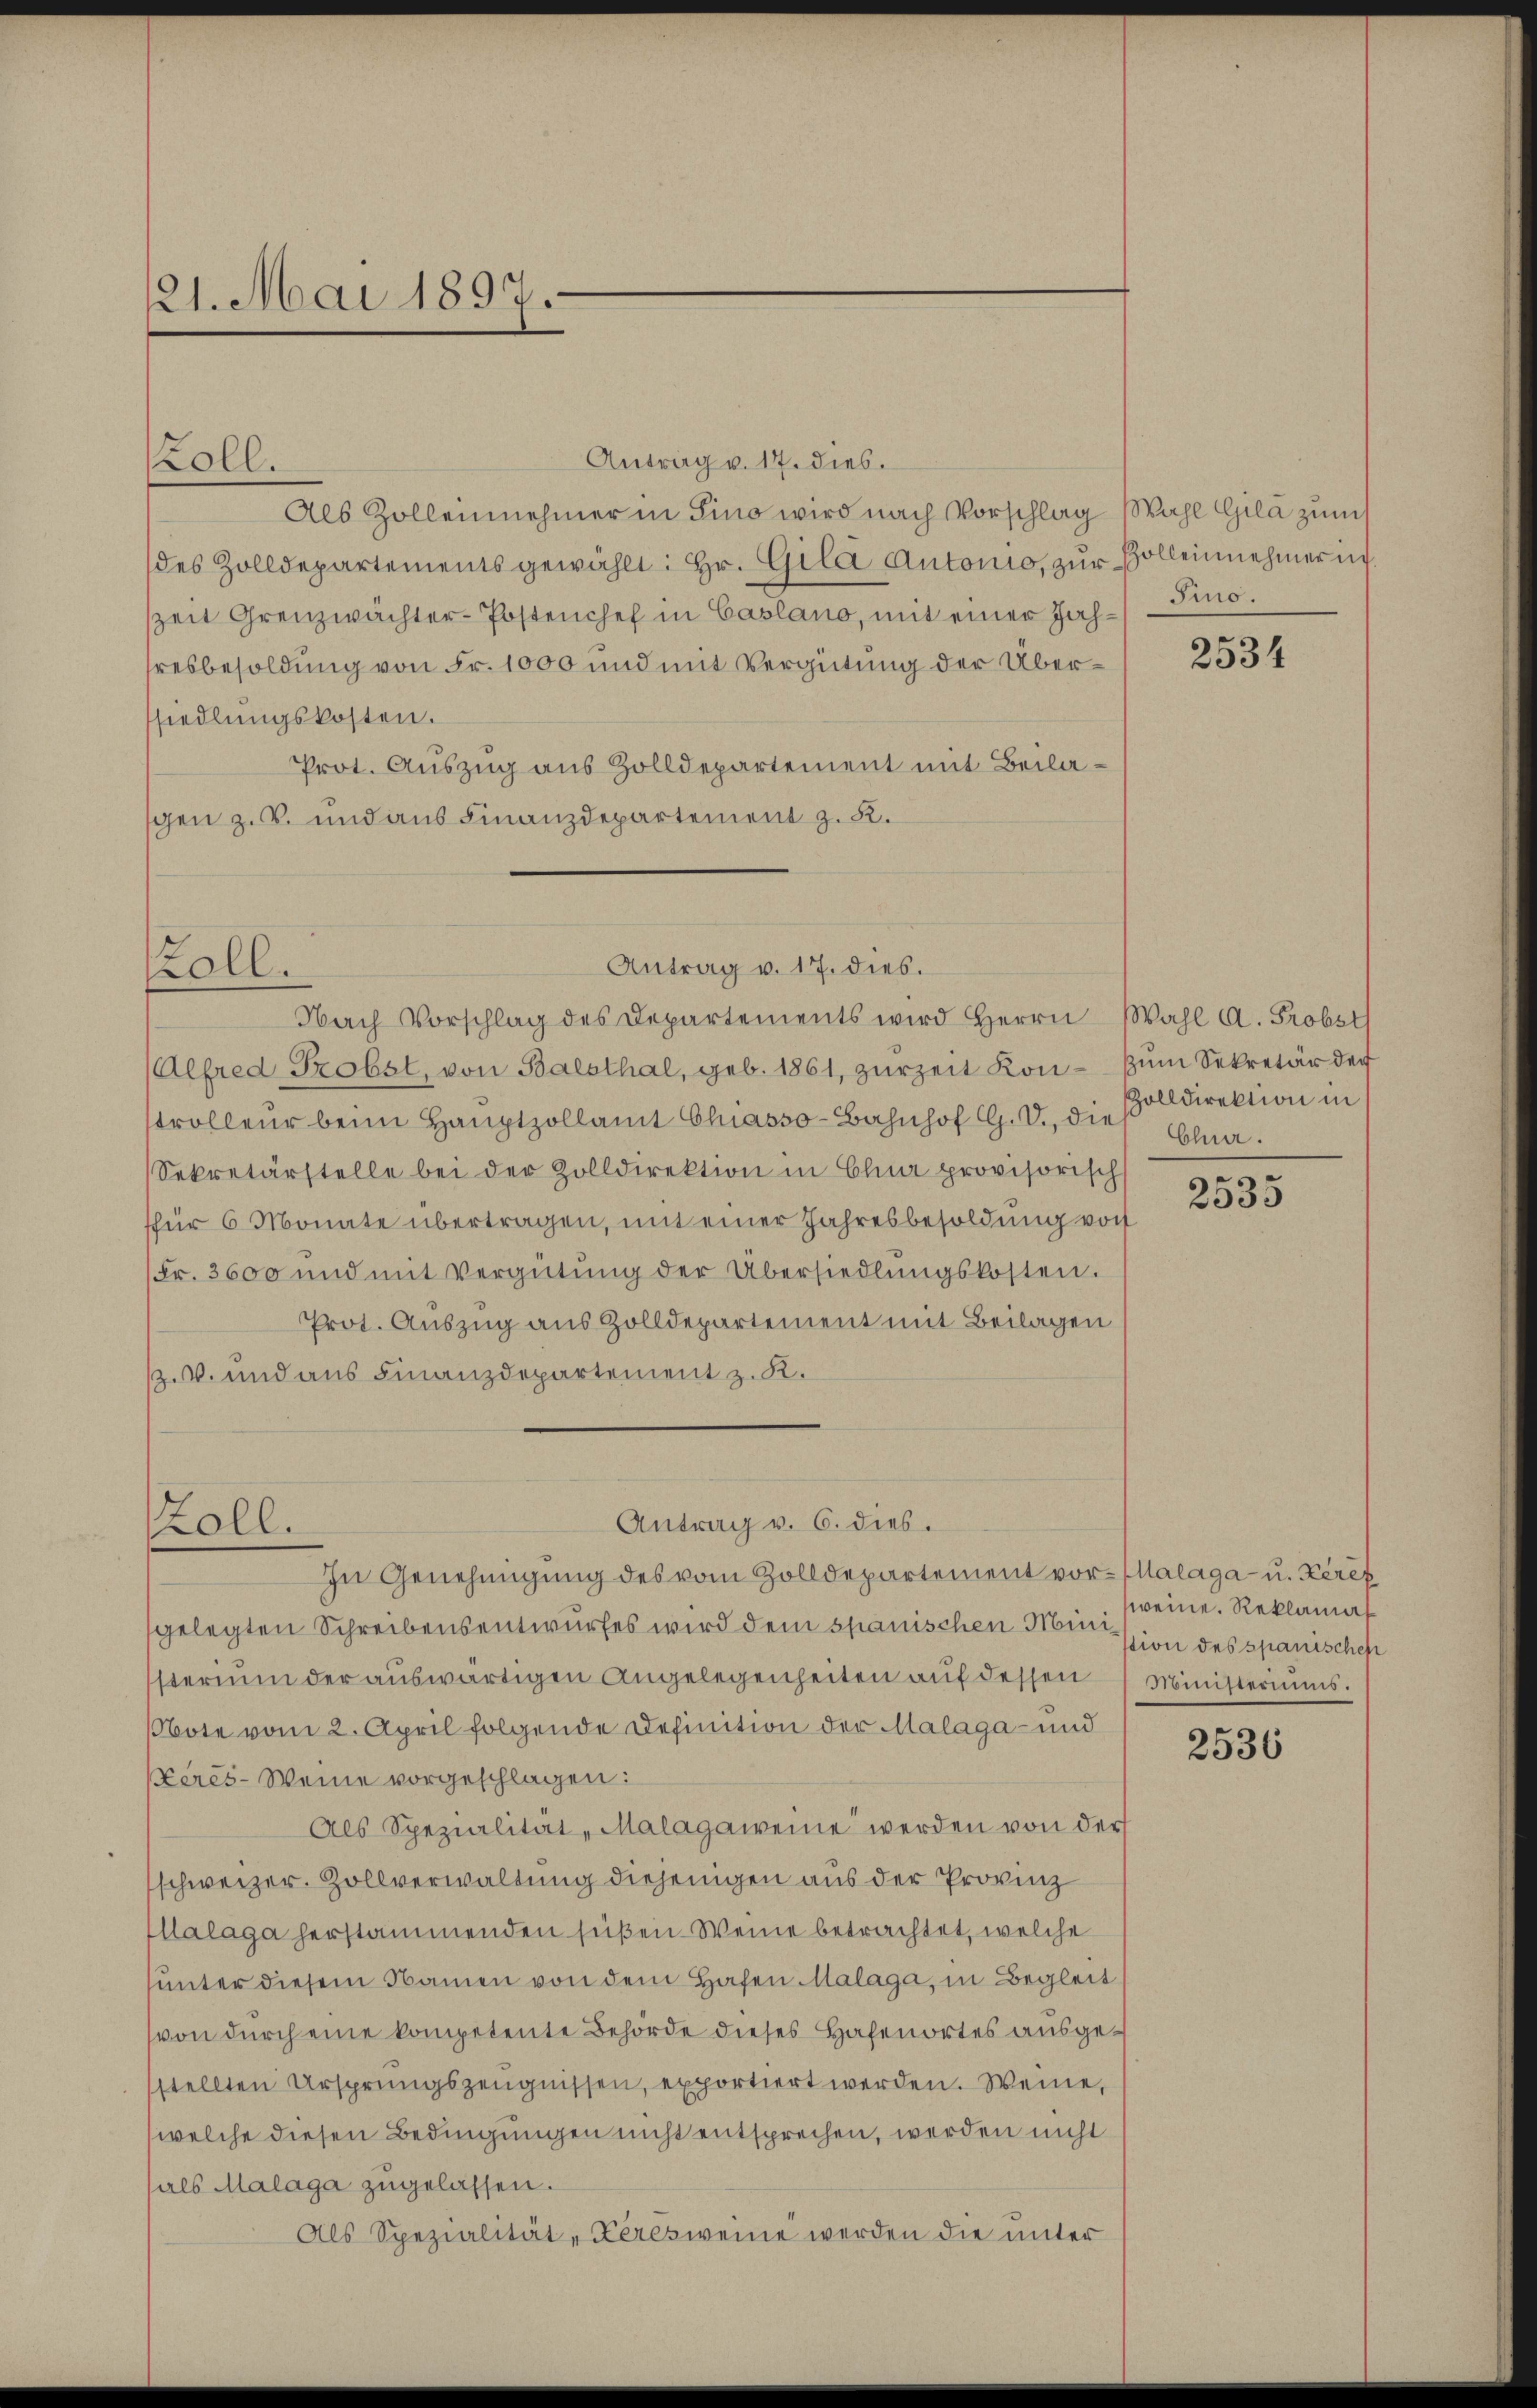
121. Mai 1897.

koll.

Antrag v. 17. dies.
Als Zollennehmer in Sino wird nach Vorschlag Wahl Gila zum
des Zolldepartements gewählt: Hr. Gila Autonio, zur Vollennehmer in
szeit Grenzwächter-Postenchef in Caslano, mit einer Jahhresbesoldung von Fr. 1000 und mit Vergütung der Übersiedlungskosten.
Prot. Auszug aus Zolldepartement mit Beilagen z. B. und aus Finanzdepartement z. B.

Koll.

oll.

Alfred Grobst, von Balsthal, geb. 1861, zŭrzeit Kon- zŭm Sekretär der
trolleur beim Haŭptzollamt Chiasso-Bahnhof G. T., die Ana¬
Sekretärstelle bei der Zolldirektion in Chur provisorisch
für 6 Monate übertragen, mit einer Jahresbesoldung von
Fr. 3600 und mit Vergütŭng der Übersiedlungskosten.
Prot. Auszug aus Zolldepartement mit Beilagen
V. und aus Finanzdepartement z. K.

Antrag v. 17. dies.
Nach Vorschlag des Departements wird Herrn Wahl A. Probst

gelegten Schreibensentwurfes wird dem spanischen Mission des spanischen
sterium der auswärtigen Angelegenheiten auf dessen
Note vom 2. April folgende Definition der Malaga- und
Keres-Weine vorgeschlagen:
Als Spezialität „Malagaweine werden von der
schweizer. Zollverwaltung diejenigen aus der Provinz
Illalaga herstammenden süßen. Weine betrachtet, welche
unter diesem Namen von dem Hafen Malaga, in Begleit
von durch eine kompetente Behörde dieses Hafenortes ausgestellten Ursprungszeŭgnissen, exportiert werden. Wenne,
welche diesen Bedingungen nicht entsprechen, werden nicht
als Malaga zugelassen.
Als Spezialität - Keres weine werden die unter

Antrag v. 6. dies.
In Genehmigung des vom Zolldepartement vor-Malaga- u. Kerex

Pino.

2534

Zolldirektion in

2535

weine Reklama¬
Ministeriums.

2536